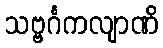
သဗ္ဗင်္ဂကလျာဏိ